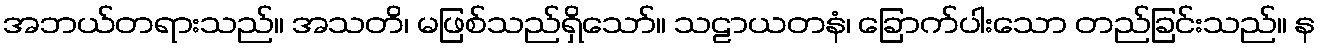
အဘယ်တရားသည်။ အသတိ၊ မဖြစ်သည်ရှိသော်။ သဠာယတနံ၊ ခြောက်ပါးသော တည်ခြင်းသည်။ န